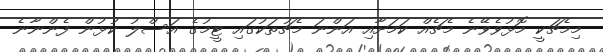
މިމެޗަކީ މޮޅުވެވޭނެ މެޗެއް ކަމަށާއި އަންނަ މެޗުތަކުގައި ޓީމުގެ އަސްލު ކުޅުން ފެންނާނެ